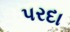
પરદા